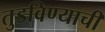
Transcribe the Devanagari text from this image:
तुडविण्याची